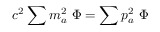
c ^ { 2 } \sum m _ { a } ^ { 2 } \ \Phi = \sum p _ { a } ^ { 2 } \ \Phi